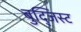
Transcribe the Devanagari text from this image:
बुद्जिस्ट